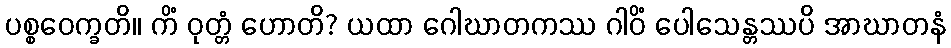
ပစ္စဝေက္ခတိ။ ကိံ ဝုတ္တံ ဟောတိ? ယထာ ဂေါဃာတကဿ ဂါဝိံ ပေါသေန္တဿပိ အာဃာတနံ